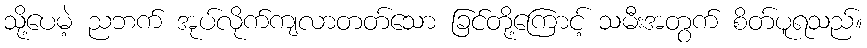
သို့ပေမဲ့ ညဘက် အုပ်လိုက်ကျလာတတ်သော ခြင်တို့ကြောင့် သမီးအတွက် စိတ်ပူရသည်။